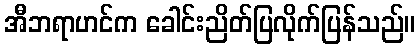
အီဘရာဟင်က ခေါင်းညိတ်ပြလိုက်ပြန်သည်။